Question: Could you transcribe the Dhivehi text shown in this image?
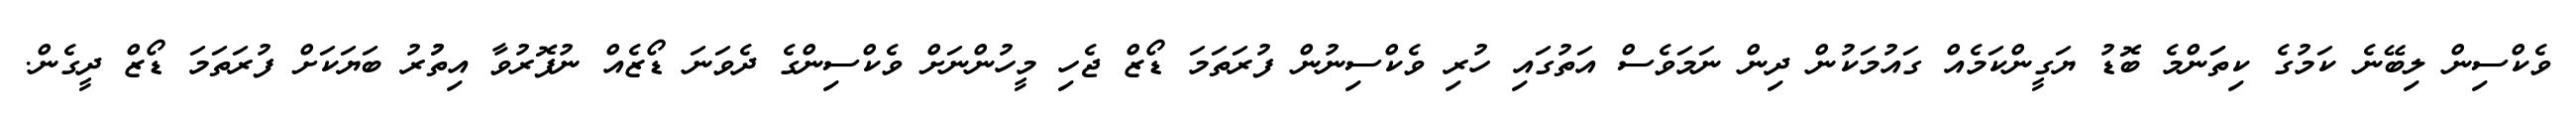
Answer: ވެކްސިން ލިބޭނެ ކަމުގެ ކިތަަންމެ ބޮޑު ޔަގީންކަމެއް ގައުމަކުން ދިން ނަމަވެސް އަތުގައި ހުރި ވެކްސިނުން ފުރަތަމަ ޑޯޒް ޖެހި މީހުންނަށް ވެކްސިންގެ ދެވަނަ ޑޯޒެއް ނުފޮރުވާ އިތުުރު ބަޔަކަށް ފުރަތަމަ ޑޯޒް ދީގެން.